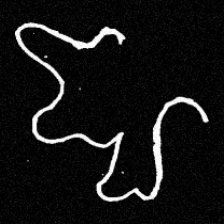
Pyu character \u2014 Myanmar letter: ဈ (romanized: jha)